Asutav_Kogu, lk 148
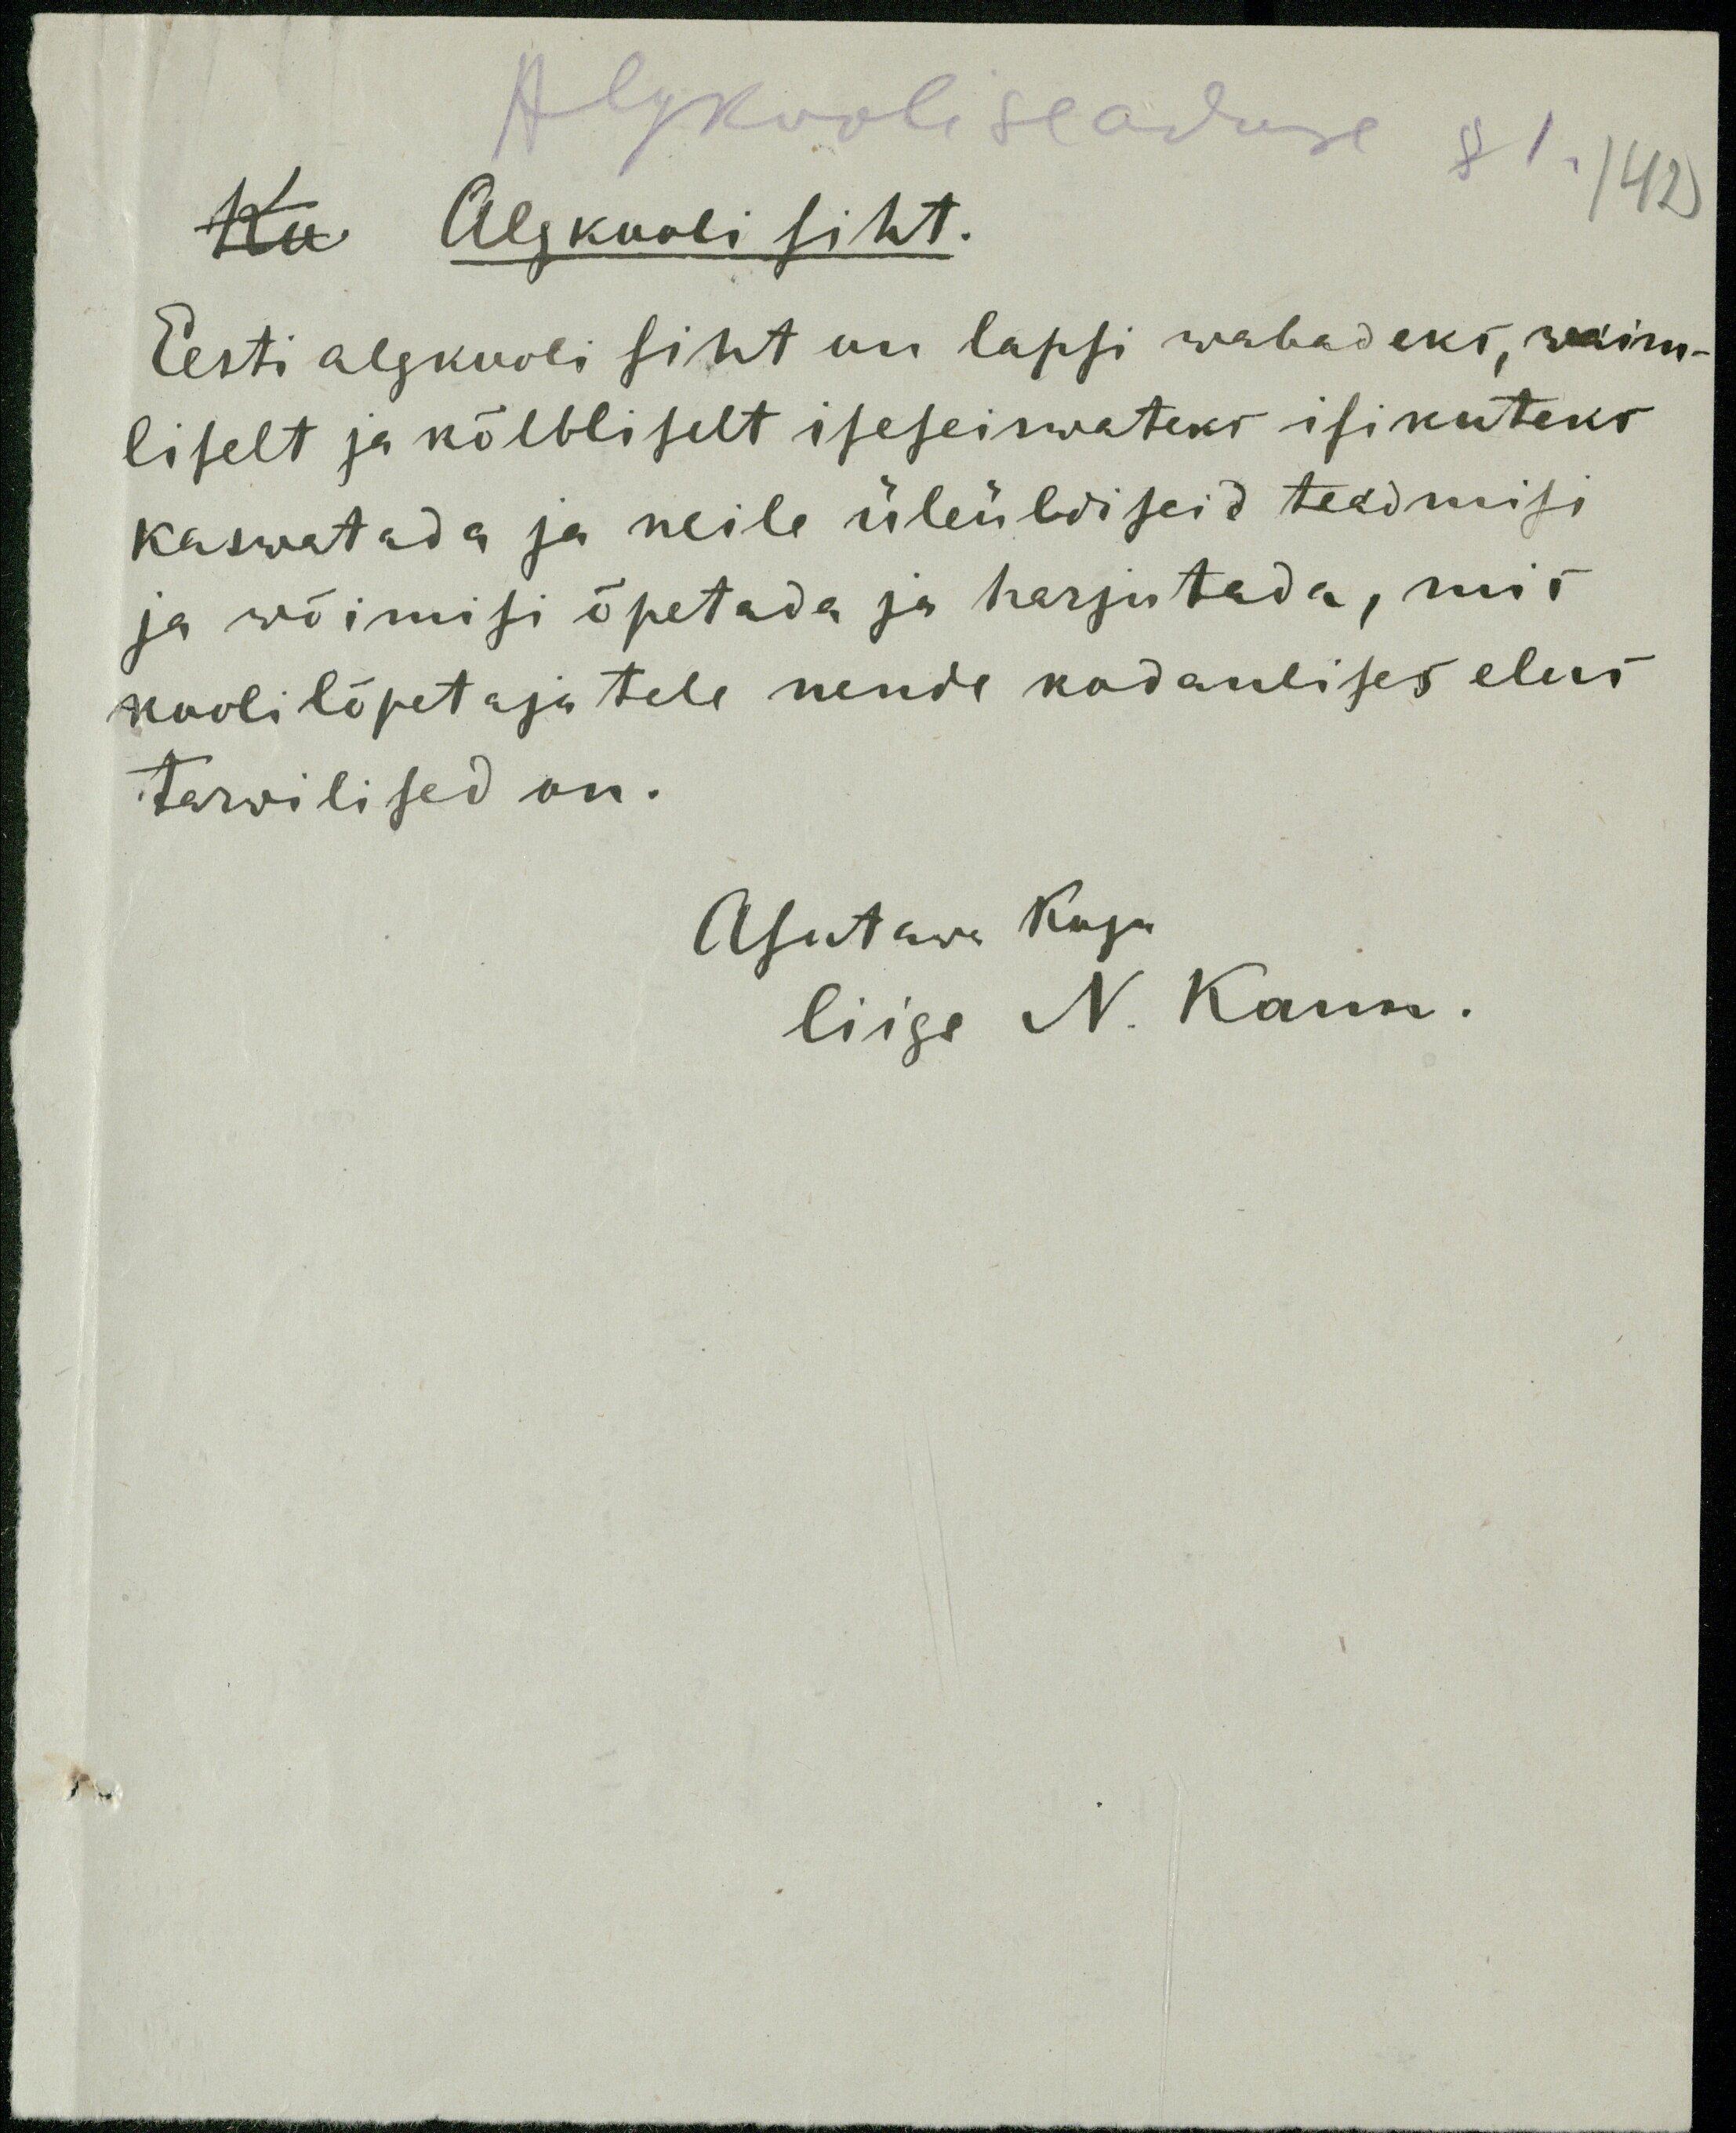
Algkooliseaduse §1
Ko Algkooli siht.
142
Eesti algkooli siht on lapsi wabadeks, waim-
liselt ja kõlbliselt iseseiswateks isikuteks
kaswatada ja neile üleüldiseid teadmisi
ja wõimisi õpetada ja harjutada, mis
kooli lõpetajatele nende kodanlises elus
tarwilised on.
Asutawa Kogu
liige N. Kann.